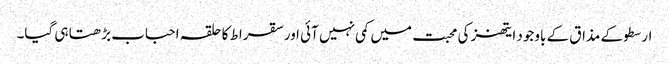
ارسطو کے مذاق کے باوجود ایتھنز کی محبت میں کمی نہیں آئی اور سقراط کا حلقہ احباب بڑھتا ہی گیا۔